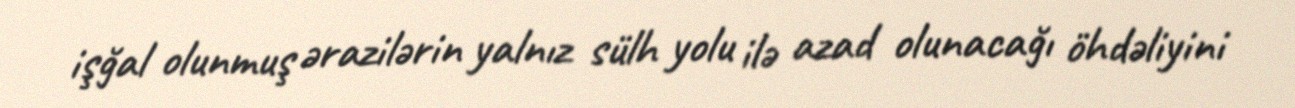
işğal olunmuş ərazilərin yalnız sülh yolu ilə azad olunacağı öhdəliyini